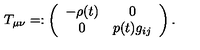
T _ { \mu \nu } = : \left( \begin{array} { c c } { - \rho ( t ) } & { 0 } \\ { 0 } & { p ( t ) g _ { i j } } \\ \end{array} \right) .